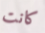
كانت